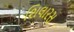
શિલારસ